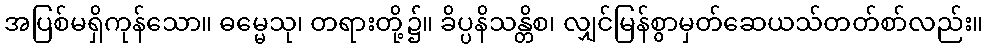
အပြစ်မရှိကုန်သော။ ဓမ္မေသု၊ တရားတို့၌။ ခိပ္ပနိသန္တိစ၊ လျှင်မြန်စွာမှတ်ဆေယသ်တတ်စာ်လည်း။